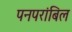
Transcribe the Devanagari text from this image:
पनपरांबिल